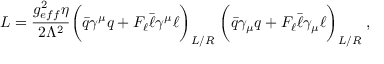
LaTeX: { \cal L } = \frac { g _ { e f f } ^ { 2 } \eta } { 2 \Lambda ^ { 2 } } \biggr ( \bar { q } \gamma ^ { \mu } q + { \cal F } _ { \ell } \bar { \ell } \gamma ^ { \mu } \ell \biggr ) _ { L / R } \; \biggr ( \bar { q } \gamma _ { \mu } q + { \cal F } _ { \ell } \bar { \ell } \gamma _ { \mu } \ell \biggr ) _ { L / R } \; ,